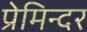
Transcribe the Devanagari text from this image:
प्रेमिन्दर